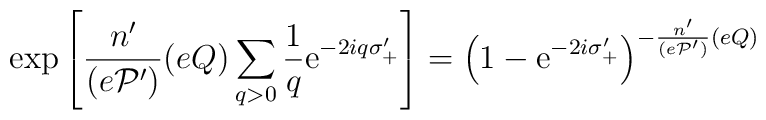
\exp \left[\frac{n'}{(e{\cal P}')}(eQ)		  \sum_{q>0}\frac{1}{q}		  \mbox{e}^{-2iq\sigma'_{+}}\right]=		  \left(1-\mbox{e}^{-2i\sigma'_{+}}\right)^		  {-\frac{n'}{(e{\cal P}')}(eQ)}